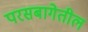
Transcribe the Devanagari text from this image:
परसबागेतील